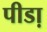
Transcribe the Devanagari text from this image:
पीडा़